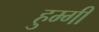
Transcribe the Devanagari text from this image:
हुम्गी